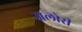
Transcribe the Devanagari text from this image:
जलोरी